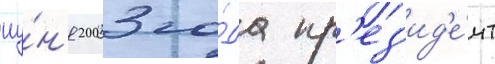
иу́н'я 2003 го́да пр'ез'ид'е́нт